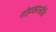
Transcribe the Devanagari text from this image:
नोहकालीकै